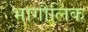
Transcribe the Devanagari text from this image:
भागौलिक